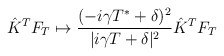
\begin{align*}\hat{K}^TF_T \mapsto\frac{(-i\gamma T^*+\delta)^2}{|i\gamma T+\delta|^2} \hat{K}^TF_T\end{align*}